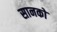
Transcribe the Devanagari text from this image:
सानको